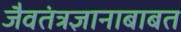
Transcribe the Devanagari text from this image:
जैवतंत्रज्ञानाबाबत